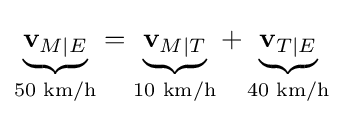
\underbrace {\mathbf {v} _{M\mid E}} _{\text{50 km/h}}=\underbrace {\mathbf {v} _{M\mid T}} _{\text{10 km/h}}+\underbrace {\mathbf {v} _{T\mid E}} _{\text{40 km/h}}